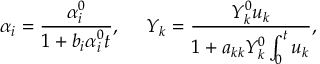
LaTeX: \alpha _ { i } = \frac { \alpha _ { i } ^ { 0 } } { 1 + b _ { i } \alpha _ { i } ^ { 0 } t } , \ \ \ \ Y _ { k } = \frac { Y _ { k } ^ { 0 } u _ { k } } { 1 + a _ { k k } Y _ { k } ^ { 0 } \int _ { 0 } ^ { t } u _ { k } } ,